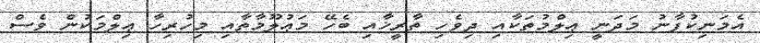
އެމަނިކުފާނު މަދަނީ ޢިލްމުތަކާއި ދިވެހި ތާރީޚާއި ބެހޭ މަޢުލޫމާތާއި މިހުރިހާ ޢިލްމަކުން ވެސް